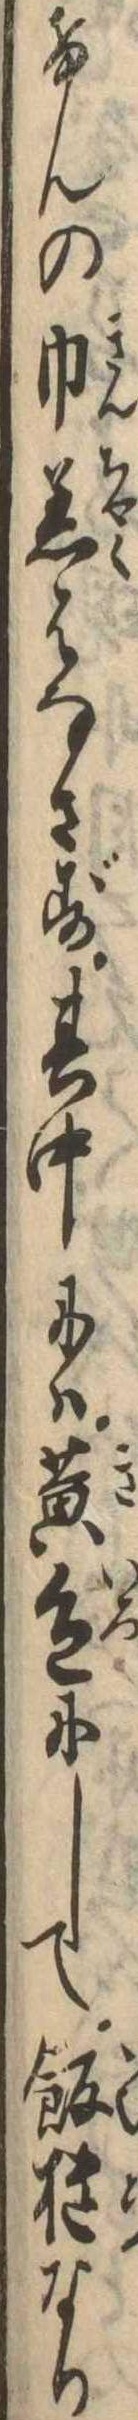
けんの巾着はなさず其中には黄色にして飯櫃なり